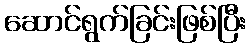
ဆောင်ရွက်ခြင်းဖြစ်ပြီး